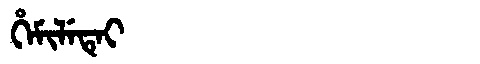
Manchu: ᡥᡝᠮᡳᠯᡝᡨᡝᡳ
Romanization: HEMILETEI